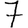
Digit: 7